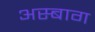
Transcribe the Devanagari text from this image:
अस्बाग